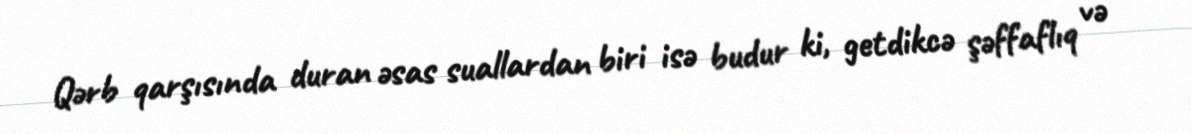
Qərb qarşısında duran əsas suallardan biri isə budur ki, getdikcə şəffaflıq və